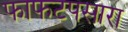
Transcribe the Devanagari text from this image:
फाफटपसारा